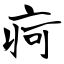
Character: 疴